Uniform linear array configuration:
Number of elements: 32
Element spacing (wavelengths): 0.75
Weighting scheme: uniform
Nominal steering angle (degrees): -30
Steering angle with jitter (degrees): -29.564
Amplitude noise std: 0.05
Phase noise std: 0.05

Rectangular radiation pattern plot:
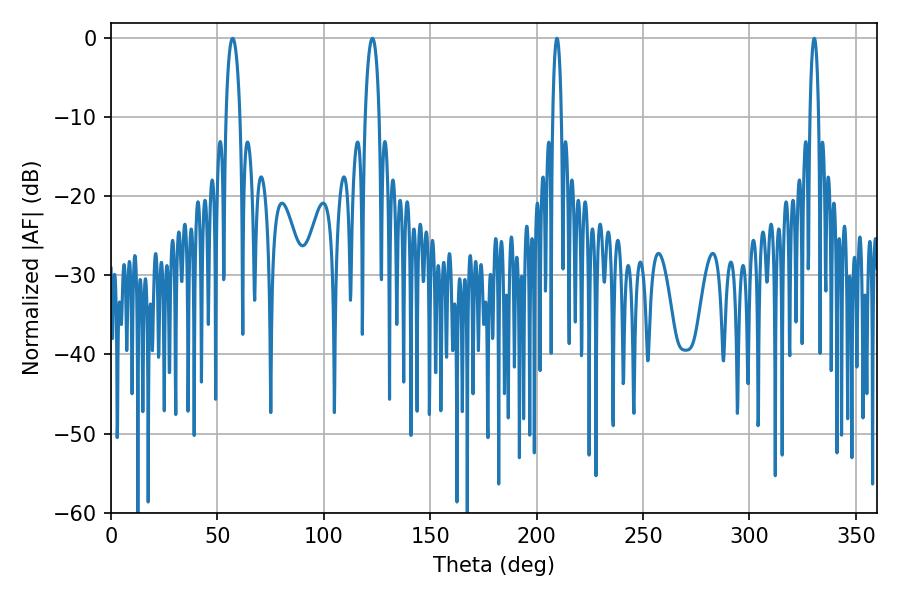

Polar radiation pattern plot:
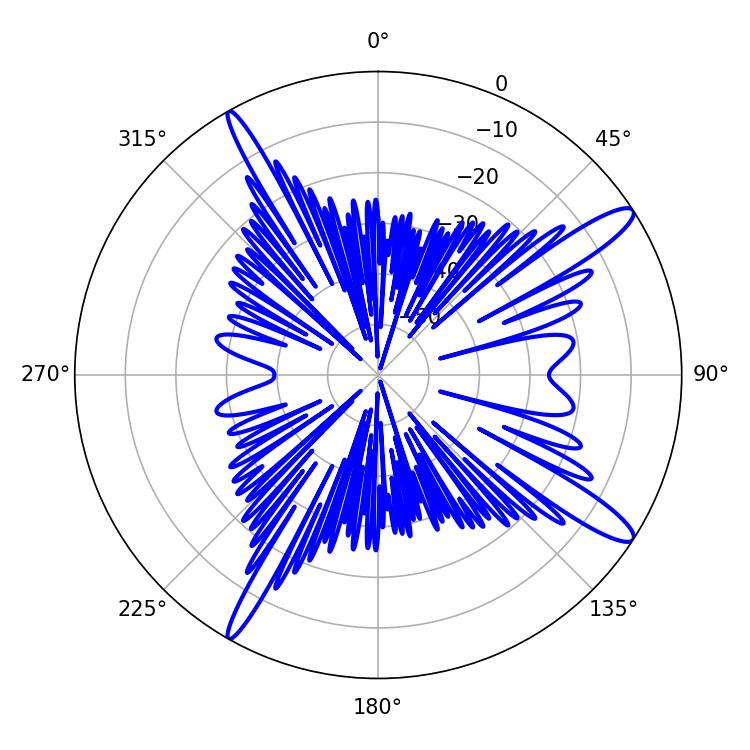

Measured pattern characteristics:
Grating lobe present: TRUE
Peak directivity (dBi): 13.873
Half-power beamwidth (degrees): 2.16
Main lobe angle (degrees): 209.52